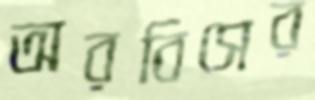
অরবিসের